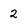
Character: 2